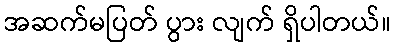
အဆက်မပြတ် ပွား လျက် ရှိပါတယ်။